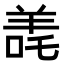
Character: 𬙳